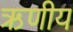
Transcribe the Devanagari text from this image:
ऋणीय